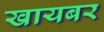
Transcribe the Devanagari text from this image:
खायबर